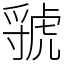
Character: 虢